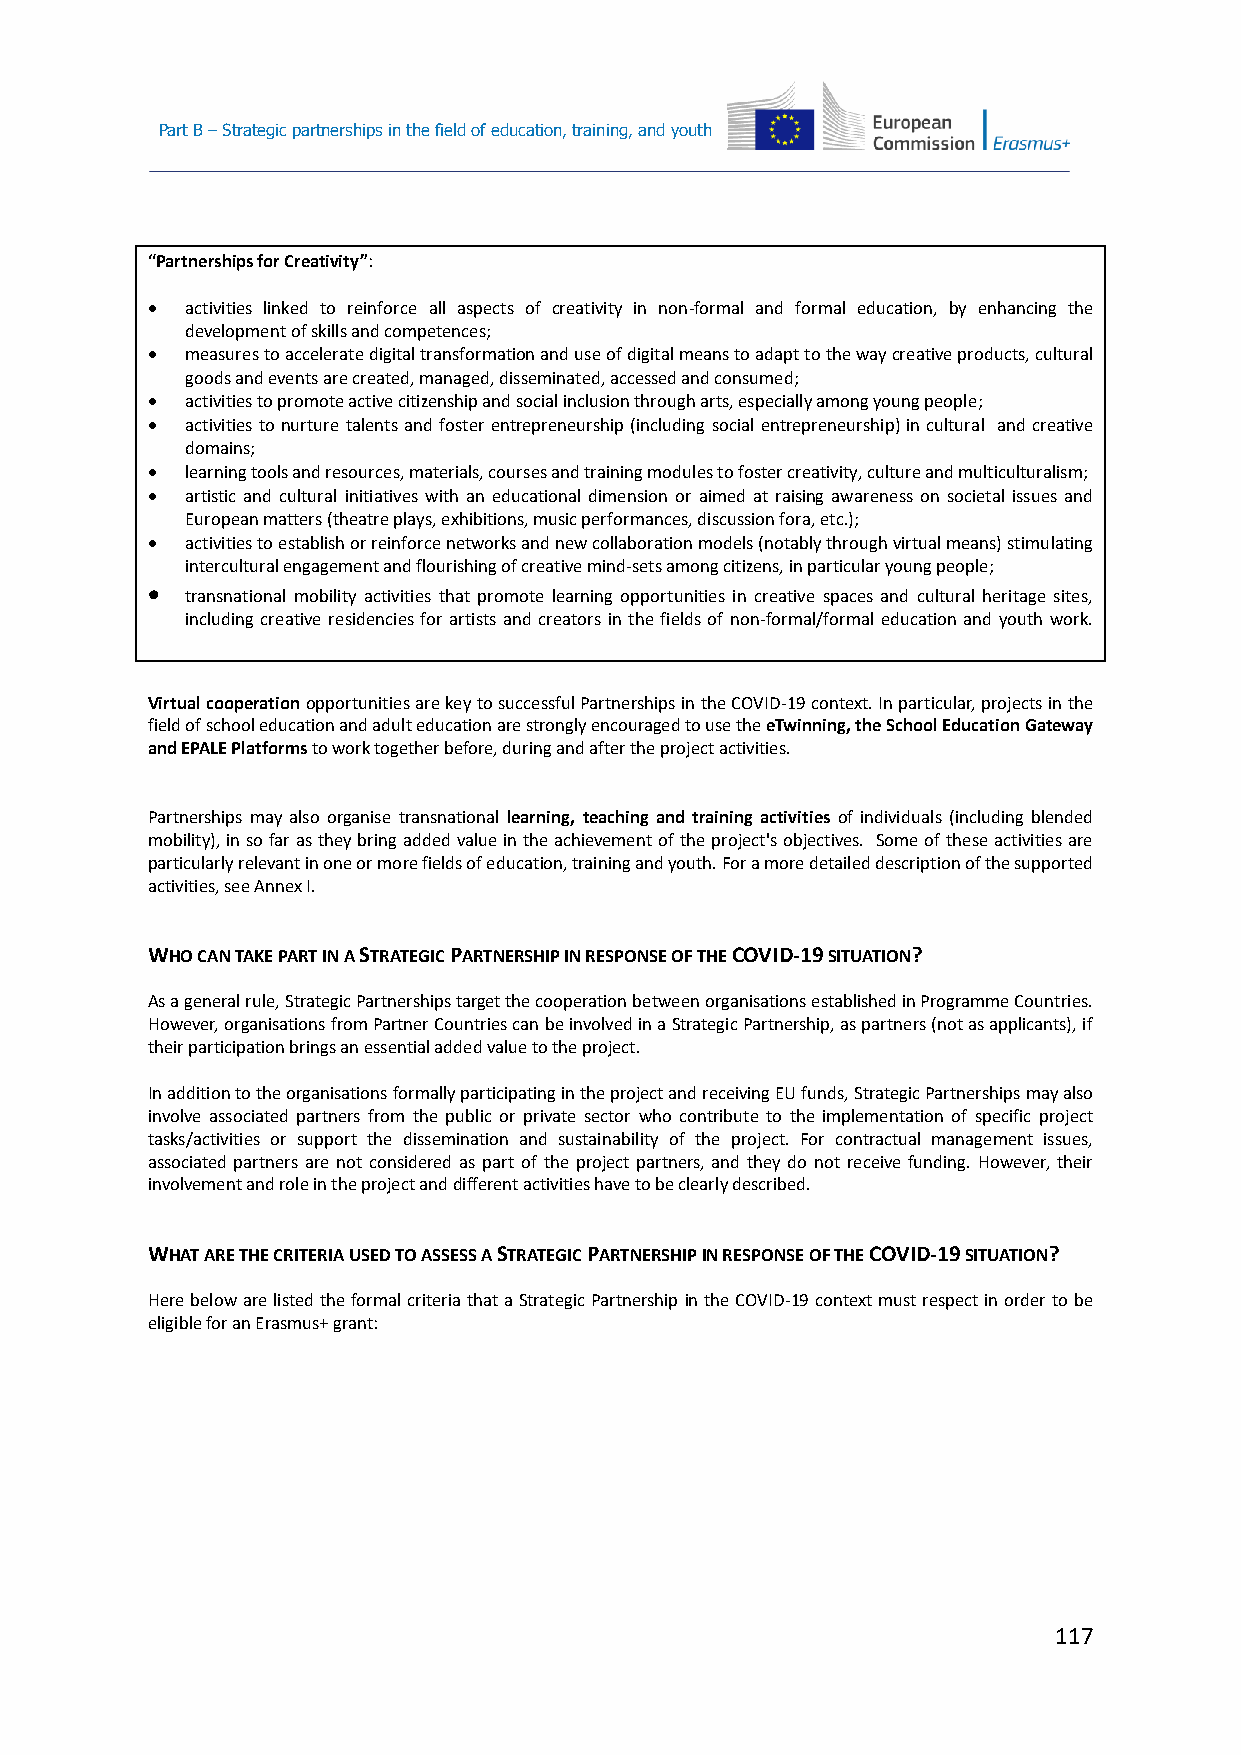
Part B – Strategic partnerships in the field of education, training, and youth
 “Partnerships for Creativity”:
  activities linked to reinforce all aspects of creativity in non-formal and formal education, by enhancing the
 development of skills and competences;
  measures to accelerate digital transformation and use of digital means to adapt to the way creative products, cultural
 goods and events are created, managed, disseminated, accessed and consumed;
  activities to promote active citizenship and social inclusion through arts, especially among young people;
  activities to nurture talents and foster entrepreneurship (including social entrepreneurship) in cultural and creative
 domains;
  learning tools and resources, materials, courses and training modules to foster creativity, culture and multiculturalism;
  artistic and cultural initiatives with an educational dimension or aimed at raising awareness on societal issues and
 European matters (theatre plays, exhibitions, music performances, discussion fora, etc.);
  activities to establish or reinforce networks and new collaboration models (notably through virtual means) stimulating
 intercultural engagement and flourishing of creative mind-sets among citizens, in particular young people;
  transnational mobility activities that promote learning opportunities in creative spaces and cultural heritage sites,
 including creative residencies for artists and creators in the fields of non-formal/formal education and youth work.
 Virtual cooperation opportunities are key to successful Partnerships in the COVID-19 context. In particular, projects in the
 field of school education and adult education are strongly encouraged to use the eTwinning, the School Education Gateway
 and EPALE Platforms to work together before, during and after the project activities.
 Partnerships may also organise transnational learning, teaching and training activities of individuals (including blended
 mobility), in so far as they bring added value in the achievement of the project's objectives. Some of these activities are
 particularly relevant in one or more fields of education, training and youth. For a more detailed description of the supported
 activities, see Annex I.
 WHO CAN TAKE PART IN A STRATEGIC PARTNERSHIP IN RESPONSE OF THE COVID-19 SITUATION?
 As a general rule, Strategic Partnerships target the cooperation between organisations established in Programme Countries.
 However, organisations from Partner Countries can be involved in a Strategic Partnership, as partners (not as applicants), if
 their participation brings an essential added value to the project.
 In addition to the organisations formally participating in the project and receiving EU funds, Strategic Partnerships may also
 involve associated partners from the public or private sector who contribute to the implementation of specific project
 tasks/activities or support the dissemination and sustainability of the project. For contractual management issues,
 associated partners are not considered as part of the project partners, and they do not receive funding. However, their
 involvement and role in the project and different activities have to be clearly described.
 WHAT ARE THE CRITERIA USED TO ASSESS A STRATEGIC PARTNERSHIP IN RESPONSE OF THE COVID-19 SITUATION?
 Here below are listed the formal criteria that a Strategic Partnership in the COVID-19 context must respect in order to be
 eligible for an Erasmus+ grant:
 117